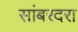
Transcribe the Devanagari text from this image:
सांबरदरा